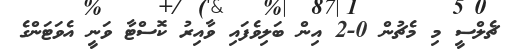
ޗެލްސީ މި މެޗުން 0-2 އިން ބަލިވެފައި ވާއިރު ކޮސްޓާ ވަނީ އެވަޓަންގެ